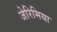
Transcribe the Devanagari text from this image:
जेरिमिया